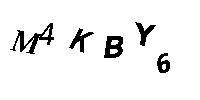
M4KBY6